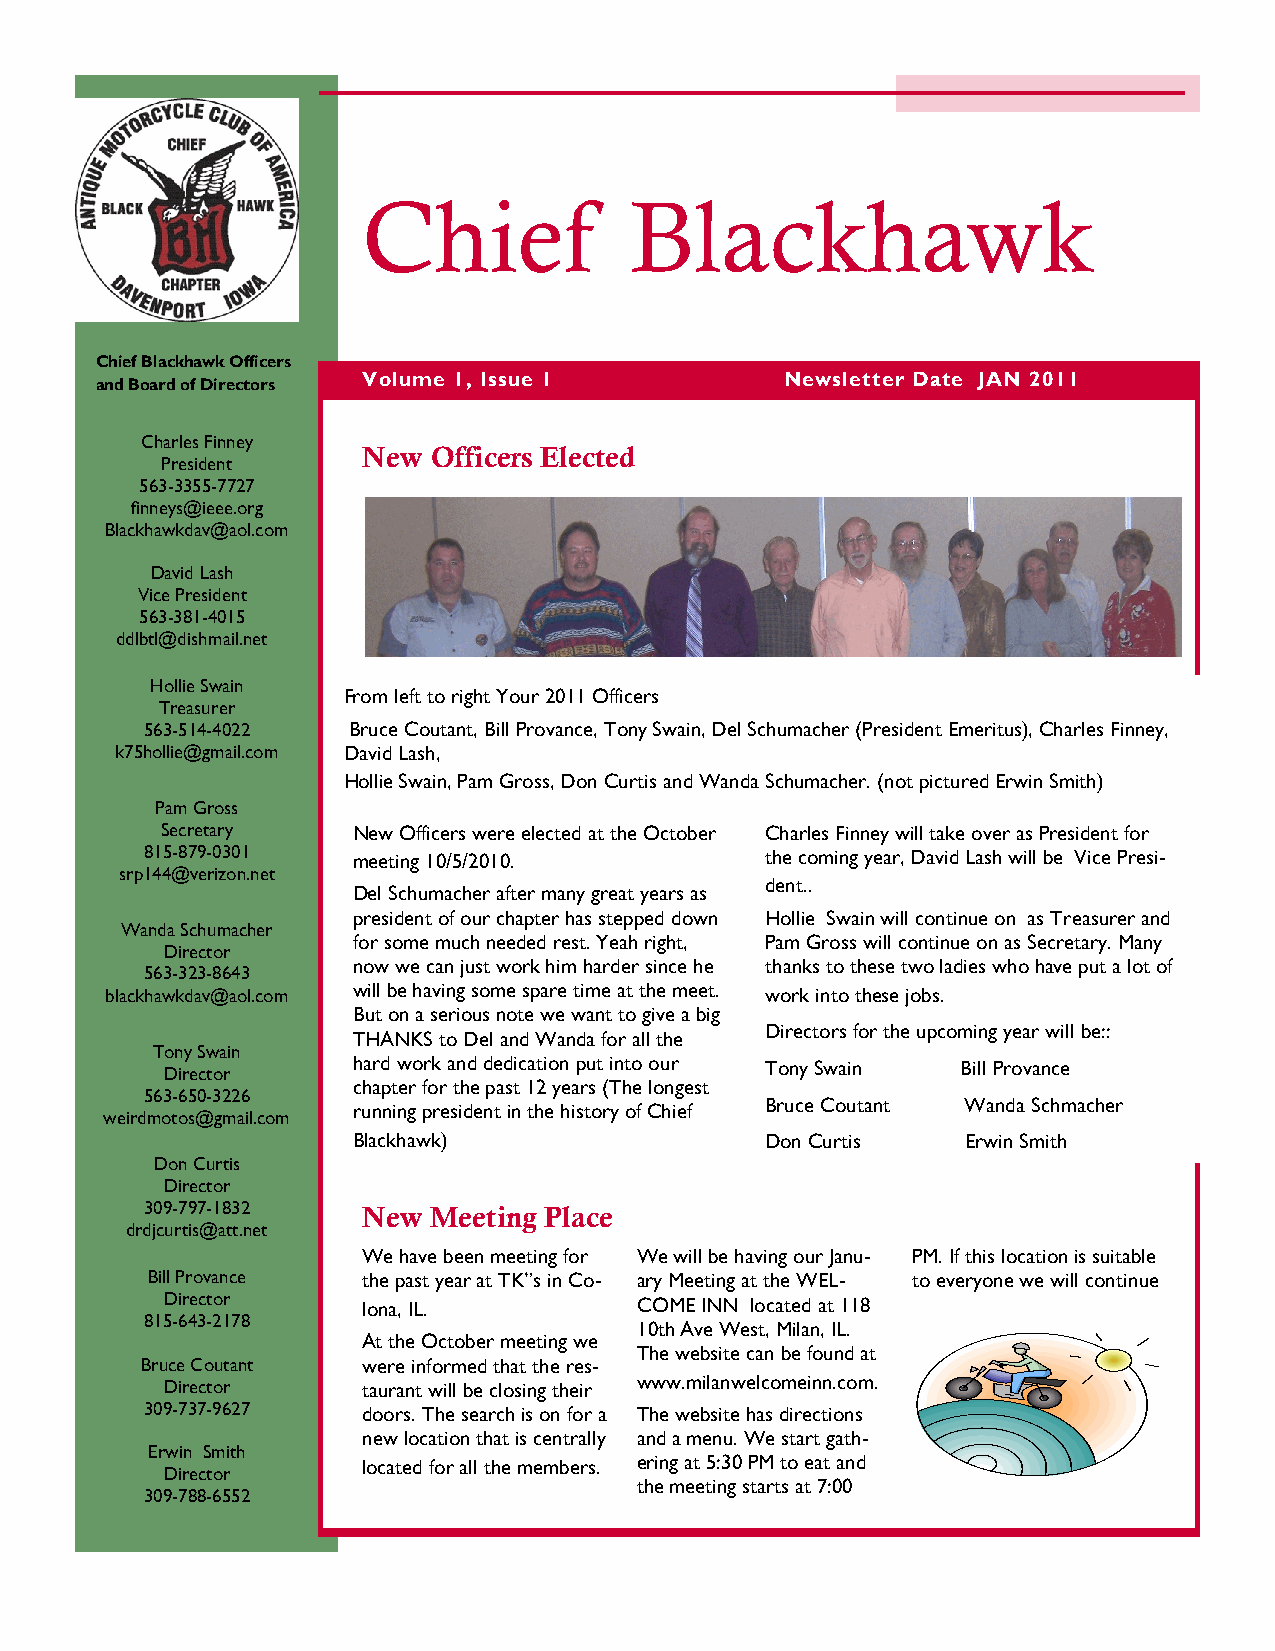
Chief             Blackhawk
 Chief Blackhawk Officers
 Volume 1, Issue 1           Newsletter Date JAN 2011
 and Board of Directors
 Charles Finney
 New  Officers Elected
 President
 563-3355-7727
 finneys@ieee.org
 Blackhawkdav@aol.com
 David Lash
 Vice President
 563-381-4015
 ddlbtl@dishmail.net
 Hollie Swain
 From left to right Your 2011 Officers
 Treasurer
 563-514-4022 Bruce Coutant, Bill Provance, Tony Swain, Del Schumacher (President Emeritus), Charles Finney,
 k75hollie@gmail.com David Lash,
 Hollie Swain, Pam Gross, Don Curtis and Wanda Schumacher. (not pictured Erwin Smith)
 Pam Gross
 Secretary   New Officers were elected at the October Charles Finney will take over as President for
 815-879-0301 meeting 10/5/2010.          the coming year, David Lash will be Vice Presi-
 srp144@verizon.net
 dent..
 Del Schumacher after many great years as
 president of our chapter has stepped down Hollie Swain will continue on as Treasurer and
 Wanda Schumacher
 for some much needed rest. Yeah right, Pam Gross will continue on as Secretary. Many
 Director
 now we can just work him harder since he thanks to these two ladies who have put a lot of
 563-323-8643
 blackhawkdav@aol.com will be having some spare time at the meet. work into these jobs.
 But on a serious note we want to give a big
 Directors for the upcoming year will be::
 THANKS to Del and Wanda for all the
 Tony Swain
 hard work and dedication put into our Tony Swain Bill Provance
 Director
 chapter for the past 12 years (The longest
 563-650-3226
 Bruce Coutant Wanda Schmacher
 running president in the history of Chief
 weirdmotos@gmail.com
 Blackhawk)                  Don Curtis   Erwin Smith
 Don Curtis
 Director
 309-797-1832  New  Meeting Place
 drdjcurtis@att.net
 We have been meeting for We will be having our Janu- PM. If this location is suitable
 Bill Provance the past year at TK”s in Co- ary Meeting at the WEL- to everyone we will continue
 Director     lona, IL.         COME INN located at 118
 815-643-2178
 10th Ave West, Milan, IL.
 At the October meeting we
 The website can be found at
 Bruce Coutant  were informed that the res-
 Director     taurant will be closing their www.milanwelcomeinn.com.
 309-737-9627  doors. The search is on for a The website has directions
 new location that is centrally and a menu. We start gath-
 Erwin Smith
 located for all the members. ering at 5:30 PM to eat and
 Director
 the meeting starts at 7:00
 309-788-6552